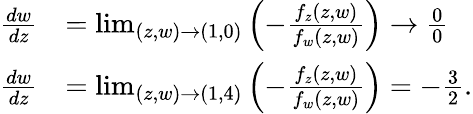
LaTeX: \begin{array}{rl}{\frac{dw}{dz}}&{=\operatorname*{lim}_{(z,w)\to(1,0)}\left(-\frac{f_{z}(z,w)}{f_{w}(z,w)}\right)\to\frac{0}{0}}\\ {\frac{dw}{dz}}&{=\operatorname*{lim}_{(z,w)\to(1,4)}\left(-\frac{f_{z}(z,w)}{f_{w}(z,w)}\right)=-\frac{3}{2}.}\end{array}